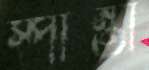
স্পান্তা